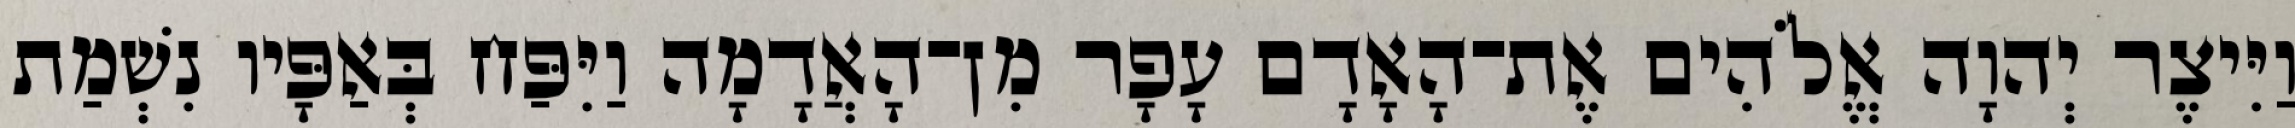
וַיִּיצֶר יְהוָה אֱלֹהִים אֶת־הָאָדָם עָפָר מִן־הָאֲדָמָה וַיִּפַּח בְּאַפָּיו נִשְׁמַת